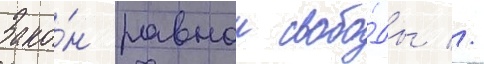
Зако́н равнои свобо́ды //